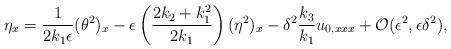
LaTeX: \begin{align*} \eta_{x}=\frac{1}{2k_{1}\epsilon}(\theta^{2})_{x} - \epsilon\left(\frac{2k_{2}+k_{1}^{2}}{2k_{1}}\right)(\eta^{2})_{x}-\delta^{2}\frac{k_{3}}{k_{1}}u_{0,xxx} + \mathcal{O}(\epsilon^{2},\epsilon\delta^{2}),\end{align*}